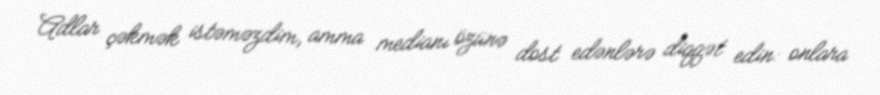
Adlar çəkmək istəməzdim, amma medianı özünə dost edənlərə diqqət edin: onlara